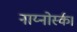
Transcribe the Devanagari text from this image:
नाय्नोर्स्क।